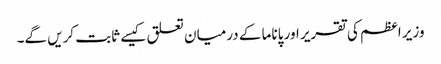
وزیر اعظم کی تقریر اور پاناما کے درمیان تعلق کیسے ثابت کریں گے۔